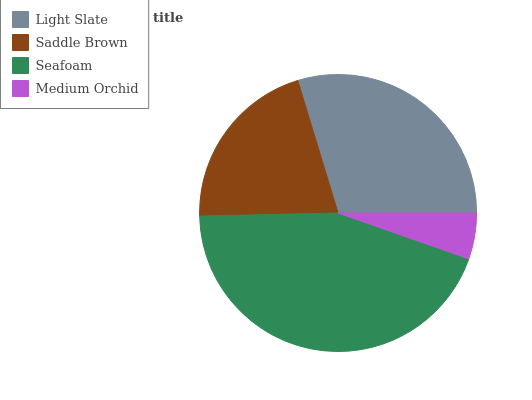
| Light Slate | Saddle Brown | Seafoam | Medium Orchid |
 | --- | --- | --- | --- |
 | 29.7% | 20.7% | 44.2% | 5.36% |